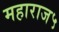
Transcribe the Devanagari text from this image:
महाराज५